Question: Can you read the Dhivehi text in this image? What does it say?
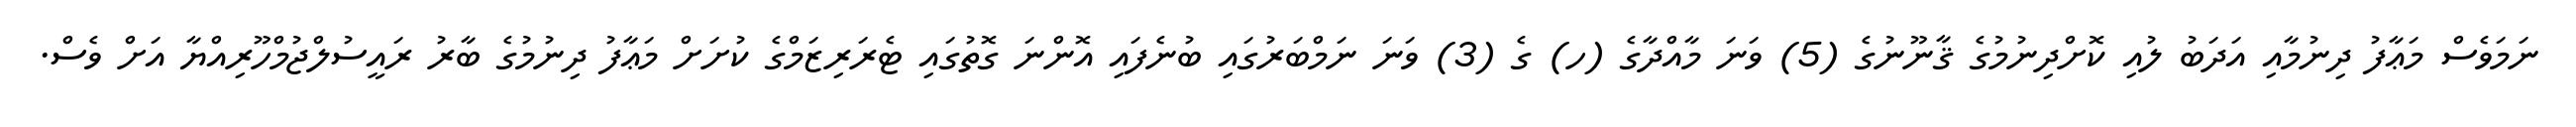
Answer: ނަމަވެސް މަޢާފު ދިނުމާއި އަދަބު ލުއި ކޮށްދިނުމުގެ ޤާނޫނުގެ (5) ވަނަ މާއްދާގެ (ހ) ގެ (3) ވަނަ ނަމްބަރުގައި ބުނެފައި އޮންނަ ގޮތުގައި ޓެރަރިޒަމްގެ ކުށަށް މަޢާފު ދިނުމުގެ ބާރު ރައީސުލްޖުމްހޫރިއްޔާ އަށް ވެސް.